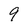
Character: 9